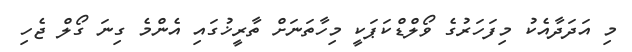
މި އަދަދާއެކު މިފަހަރުގެ ވޯލްޑްކަޕަކީ މިހާތަނަށް ތާރީޚުގައި އެންމެ ގިނަ ގޯލް ޖެހި